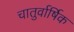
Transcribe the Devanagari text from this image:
चातुर्वार्षिक